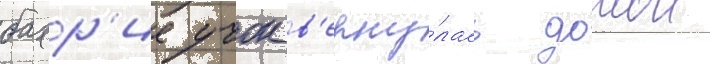
бахр'ие учок в'ерну́лась домои